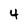
Character: 4